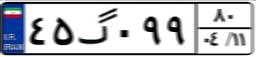
۳۲گ۲۶۹۸۹